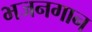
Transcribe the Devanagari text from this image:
भजनगान